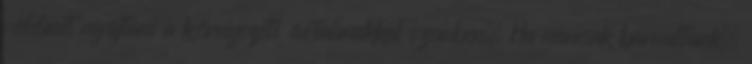
védelmet nyújtani a környezeti ártalmakkal szemben. Ha nemcsak barnultunk,